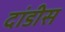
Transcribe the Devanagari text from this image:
दांडीस